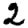
Digit: 2